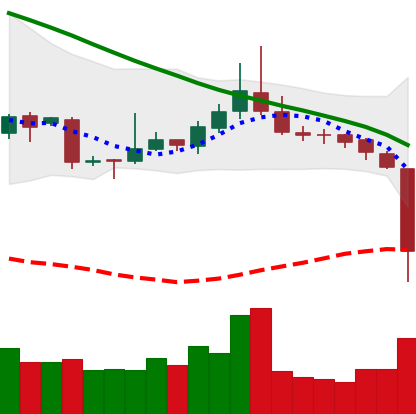
Ticker: TRX-USD
Chart end date: 2018-11-14
Forward return: -18.373%
Label: down_7plus